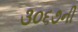
૩૦૬૭ની